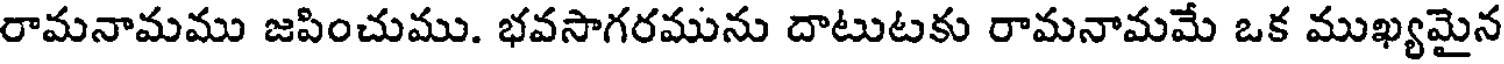
రామనామము జపించుము. భవసాగరమును దాటుటకు రామనామమే ఒక ముఖ్యమైన